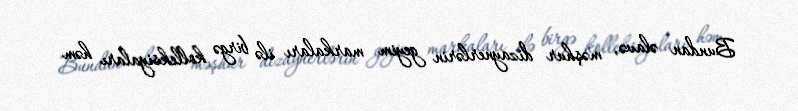
Bundan əlavə, məşhur dizaynerlərin geyim markaları ilə birgə kolleksiyaları həm